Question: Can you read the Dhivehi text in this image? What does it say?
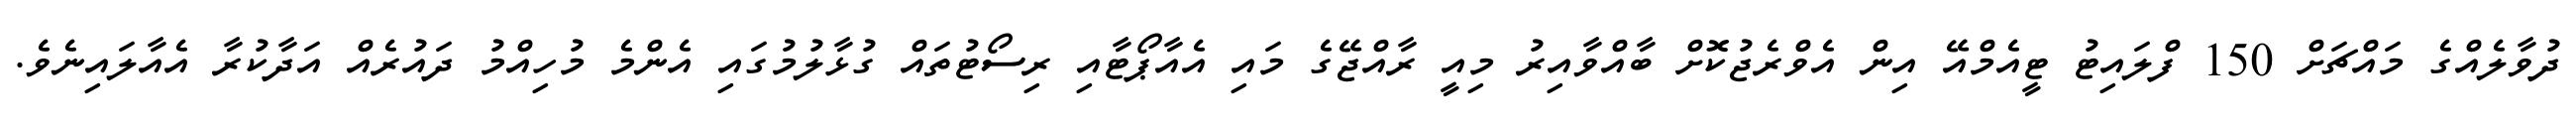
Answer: ދުވާލެއްގެ މައްޗަށް 150 ފްލައިޓު ޓީއެމްއޭ އިން އެވްރެޖުކޮށް ބާއްވާއިރު މިއީ ރާއްޖޭގެ މައި އެއާޕޯޓާއި ރިސޯޓުތައް ގުޅާލުމުގައި އެންމެ މުހިއްމު ދައުރެއް އަދާކުރާ އެއާލައިނެވެ.